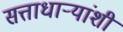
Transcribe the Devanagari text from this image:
सत्ताधाऱ्यांशी